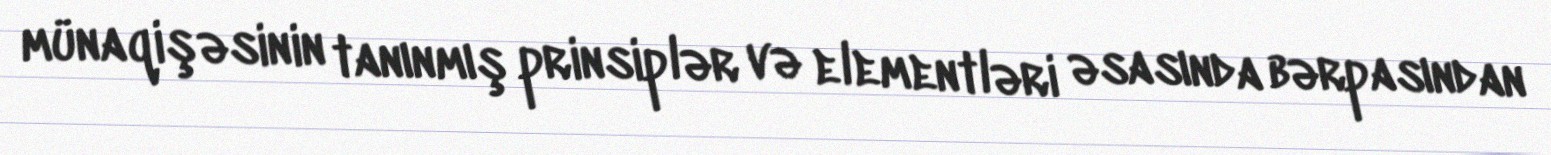
münaqişəsinin tanınmış prinsiplər və elementləri əsasında bərpasından